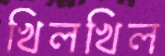
খিলখিল